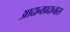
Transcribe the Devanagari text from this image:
आदानप्रदानास